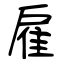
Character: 雇